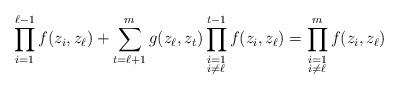
LaTeX: \begin{align*}\prod_{i=1}^{\ell-1}f(z_{i}, z_{\ell})+\sum_{t=\ell+1}^{m}g(z_{\ell}, z_{t})\prod_{\begin{subarray}{c} i=1 \\ i\not=\ell \end{subarray}}^{t-1}f(z_{i}, z_{\ell})=\prod_{\begin{subarray}{c} i=1 \\ i\not=\ell \end{subarray}}^{m}f(z_{i}, z_{\ell}) \end{align*}